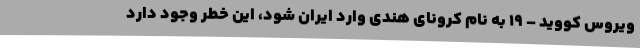
ویروس کووید – ۱۹ به نام کرونای هندی وارد ایران شود، این خطر وجود دارد